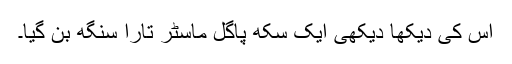
اس کی دیکھا دیکھی ایک سِکھ پاگل ماسٹر تارا سنگھ بن گیا۔